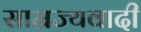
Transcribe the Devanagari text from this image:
साम्रज्यवादी